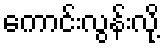
ကောင်းလွန်းလို့